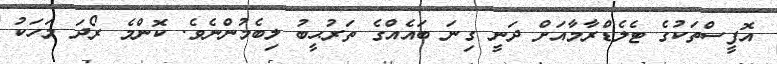
އޮފީސްތަކުގެ ޓެލެޑްރާމާއަށް ދަނީ ގިނަ ބައެއްގެ ތަރުޙީބު ލިބެމުންނެވެ. ކޮންމެ ރޯދަ މަހަކު